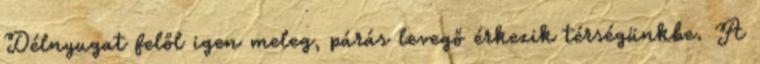
Délnyugat felől igen meleg, párás levegő érkezik térségünkbe. A